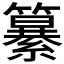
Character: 𮆷